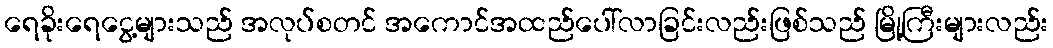
ရေခိုးရေငွေ့များသည် အလုပ်စတင် အကောင်အထည်ပေါ်လာခြင်းလည်းဖြစ်သည် မြို့ကြီးများလည်း